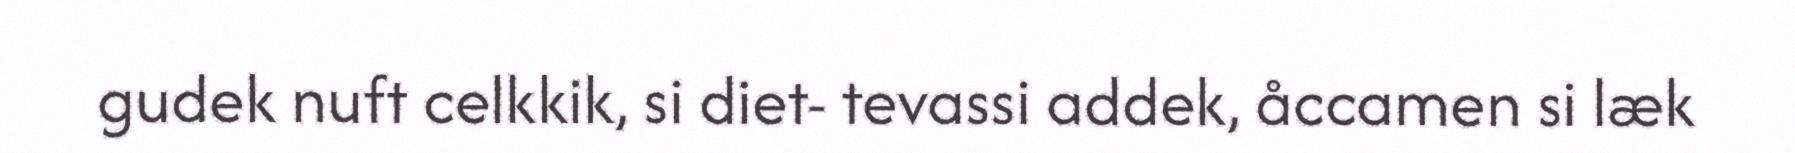
gudek nuft celkkik, si diet- tevassi addek, åccamen si læk